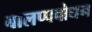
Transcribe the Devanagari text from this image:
बालप्पबोधन